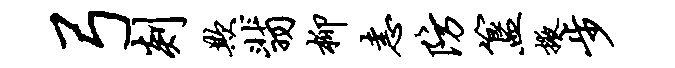
弓剡欺翡柳恚防簋掖步